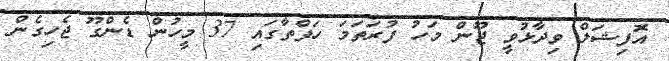
އޮފިޝަލް ވިދާޅުވީ ޖޫން މަހު ފުރަތަމަ ހަފްތާގައި 37 މީހުން ޑެންގޫ ޖެހިގެން